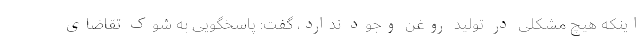
اینکه هیچ مشکلی در تولید روغن وجود ندارد، گفت: پاسخگویی به شوک تقاضای